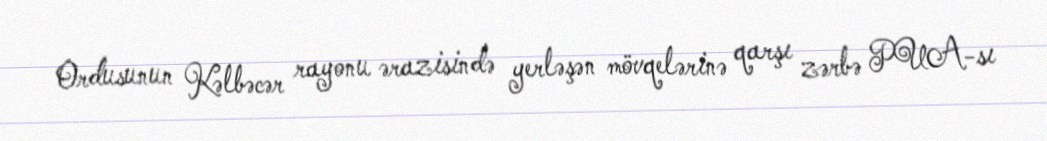
Ordusunun Kəlbəcər rayonu ərazisində yerləşən mövqelərinə qarşı zərbə PUA-sı